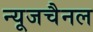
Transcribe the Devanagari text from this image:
न्यूजचैनल